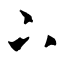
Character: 下